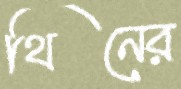
থিনের